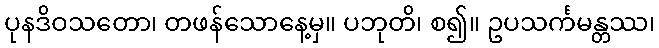
ပုနဒိဝသတော၊ တဖန်သောနေ့မှ။ ပဘုတိ၊ စ၍။ ဥပသင်္ကမန္တဿ၊